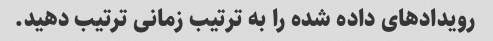
رویدادهای داده شده را به ترتیب زمانی ترتیب دهید.